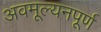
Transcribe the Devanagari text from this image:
अवमूल्यनपूर्ण